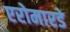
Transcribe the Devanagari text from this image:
एरोमारडे